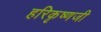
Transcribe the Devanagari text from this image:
हरिकृष्णजी